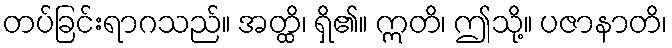
တပ်ခြင်းရာဂသည်။ အတ္ထိ၊ ရှိ၏။ ဣတိ၊ ဤသို့။ ပဇာနာတိ၊